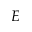
E